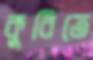
কুরিতে